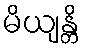
မိယျန္တိ